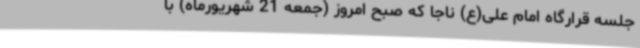
جلسه قرارگاه امام علی(ع) ناجا که صبح امروز (جمعه 21 شهریورماه) با